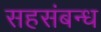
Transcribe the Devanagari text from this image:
सहसंबन्ध